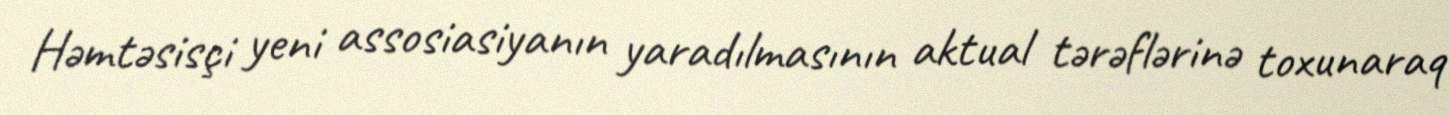
Həmtəsisçi yeni assosiasiyanın yaradılmasının aktual tərəflərinə toxunaraq